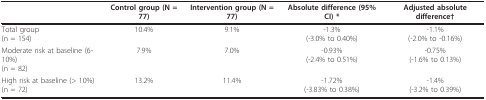
<table><thead><tr><td></td><td><b>Control group (N = 77)</b></td><td><b>Intervention group (N = 77)</b></td><td><b>Absolute difference (95% CI) *</b></td><td><b>Adjusted absolute difference†</b></td></tr></thead><tbody><tr><td>Total group(n = 154)</td><td>10.4%</td><td>9.1%</td><td>-1.3%(-3.0% to 0.40%)</td><td>-1.1%(-2.0% to -0.16%)</td></tr><tr><td>Moderate risk at baseline (6-10%)(n = 82)</td><td>7.9%</td><td>7.0%</td><td>-0.93%(-2.4% to 0.51%)</td><td>-0.75%(-1.6% to 0.13%)</td></tr><tr><td>High risk at baseline (&gt; 10%)(n = 72)</td><td>13.2%</td><td>11.4%</td><td>-1.72%(-3.83% to 0.38%)</td><td>-1.4%(-3.2% to 0.39%)</td></tr></tbody></table>